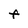
Character: f